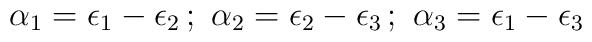
\alpha_1=\epsilon_1-\epsilon_2\,;\,\,\alpha_2=\epsilon_2-\epsilon_3\,;\,\,\alpha_3=\epsilon_1-\epsilon_3